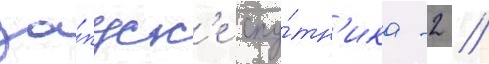
за́пуск'е спу́тн'ика -2 //